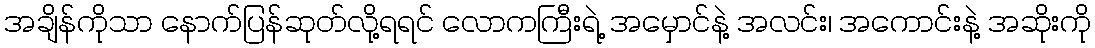
အချိန်ကိုသာ နောက်ပြန်ဆုတ်လို့ရရင် လောကကြီးရဲ့ အမှောင်နဲ့ အလင်း၊ အကောင်းနဲ့ အဆိုးကို